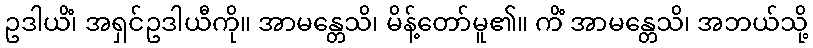
ဥဒါယိံ၊ အရှင်ဥဒါယီကို။ အာမန္တေသိ၊ မိန့်တော်မူ၏။ ကိံ အာမန္တေသိ၊ အဘယ်သို့